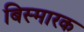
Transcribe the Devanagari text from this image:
बिस्मारक